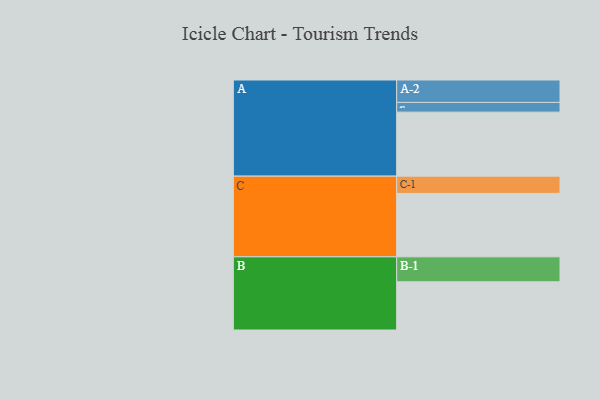
{"axis": {"x": "Segment", "y": "Value"}, "legend": ["", "A", "B", "C"], "data": [{"x": "A", "y": 546, "type": ""}, {"x": "B", "y": 411, "type": ""}, {"x": "C", "y": 541, "type": ""}, {"x": "A-1", "y": 83, "type": "A"}, {"x": "A-2", "y": 191, "type": "A"}, {"x": "B-1", "y": 213, "type": "B"}, {"x": "C-1", "y": 147, "type": "C"}]}